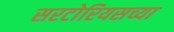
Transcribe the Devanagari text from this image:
सरटोरियसच्या